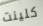
كلينت